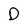
Character: D